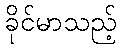
ခိုင်မာသည့်